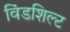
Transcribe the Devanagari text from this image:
विंडशिल्ट